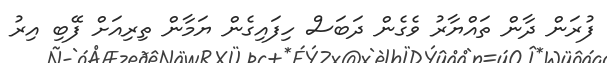
ފުރަން ދާން ތައްޔާރު ވެގެން ދަބަސް ހިފައިގެން ޔަމާން ތިރިއަށް ފޭބި އިރު